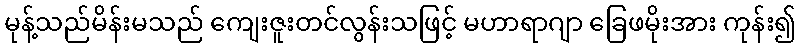
မုန့်သည်မိန်းမသည် ကျေးဇူးတင်လွန်းသဖြင့် မဟာရာဂျာ ခြေဖမိုးအား ကုန်း၍